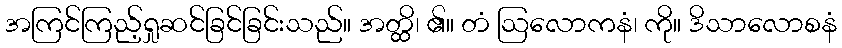
အကြင်ကြည့်ရှုဆင်ခြင်ခြင်းသည်။ အတ္ထိ၊ ၏။ တံ ဩလောကနံ၊ ကို။ ဒိသာလောစနံ